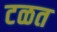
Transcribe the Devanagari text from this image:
टळत